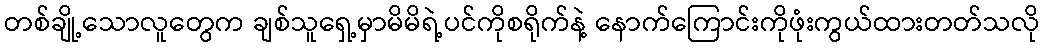
တစ်ချို့သောလူတွေက ချစ်သူရှေ့မှာမိမိရဲ့ပင်ကိုစရိုက်နဲ့ နောက်ကြောင်းကိုဖုံးကွယ်ထားတတ်သလို